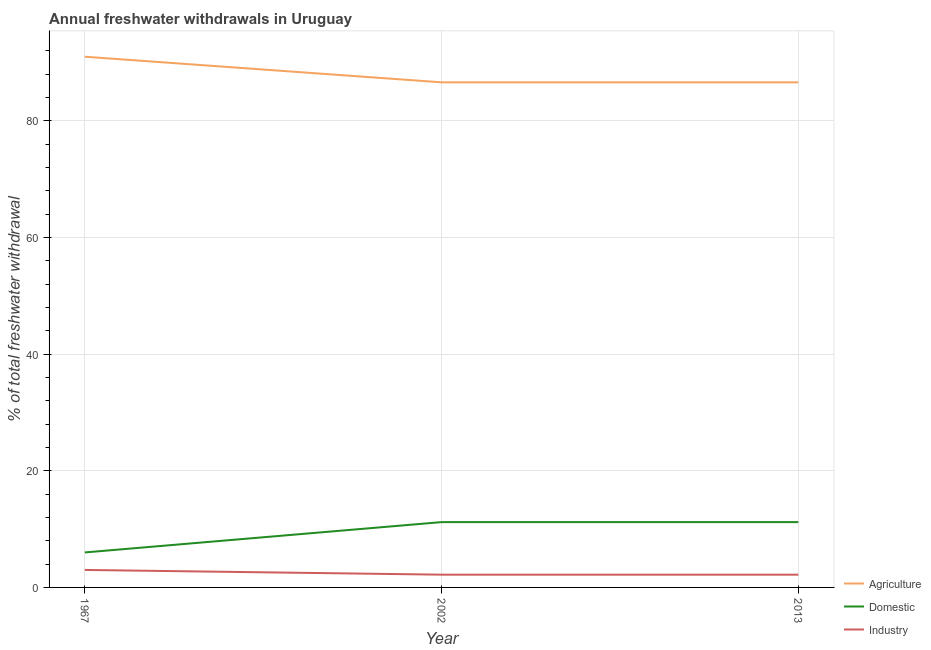
| Year | Agriculture | Domestic | Industry |
 | --- | --- | --- | --- |
 | 1967 | 91 | 6 | 3 |
 | 2002 | 86.6 | 11.2 | 2.19 |
 | 2013 | 86.6 | 11.2 | 2.19 |